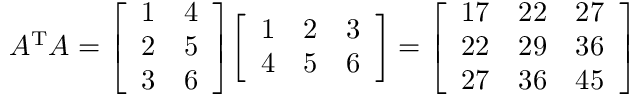
A ^ { \mathrm { T } } A = { \left[ \begin{array} { l l } { 1 } & { 4 } \\ { 2 } & { 5 } \\ { 3 } & { 6 } \end{array} \right] } { \left[ \begin{array} { l l l } { 1 } & { 2 } & { 3 } \\ { 4 } & { 5 } & { 6 } \end{array} \right] } = { \left[ \begin{array} { l l l } { 1 7 } & { 2 2 } & { 2 7 } \\ { 2 2 } & { 2 9 } & { 3 6 } \\ { 2 7 } & { 3 6 } & { 4 5 } \end{array} \right] }